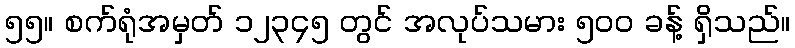
၅၅။ စက်ရုံအမှတ် ၁၂၃၄၅ တွင် အလုပ်သမား ၅၀၀ ခန့် ရှိသည်။